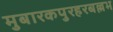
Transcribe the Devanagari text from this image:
मुबारकपुरहरबल्लभ